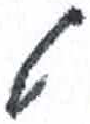
אות: ט